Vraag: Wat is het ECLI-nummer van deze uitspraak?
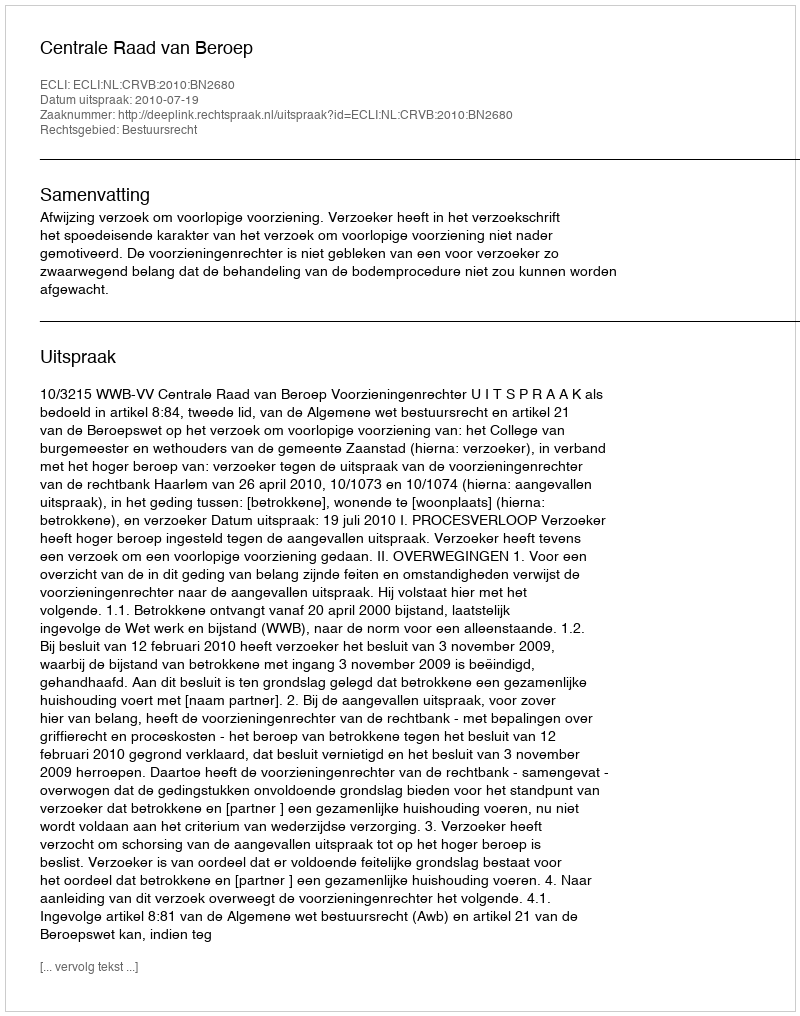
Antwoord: ECLI:NL:CRVB:2010:BN2680